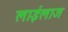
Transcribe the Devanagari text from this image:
लाईलाज